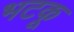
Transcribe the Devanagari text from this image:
भटकू